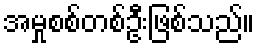
အမှုစစ်တစ်ဦးဖြစ်သည်။